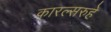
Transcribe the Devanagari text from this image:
कारल्सरुहे